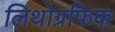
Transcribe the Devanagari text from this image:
लिथोग्रफिक